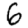
Digit: 6